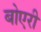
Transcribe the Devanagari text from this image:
बोएरी